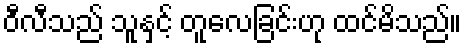
ဝီလီသည် သူနှင့် တူလေခြင်းဟု ထင်မိသည်။